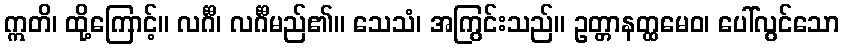
ဣတိ၊ ထို့ကြောင့်။ လင်္ဂီ၊ လင်္ဂီမည်၏။ သေသံ၊ အကြွင်းသည်။ ဥတ္တာနတ္ထမေဝ၊ ပေါ်လွင်သော